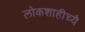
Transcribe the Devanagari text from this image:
लोकशाहीच्यै